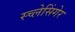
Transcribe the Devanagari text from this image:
स्च्लेसिंगेर